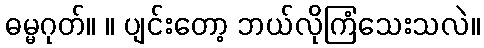
ဓမ္မဂုတ်။ ။ ပျင်းတော့ ဘယ်လိုကြံသေးသလဲ။